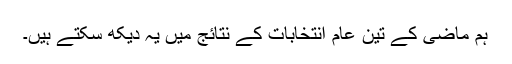
ہم ماضی کے تین عام انتخابات کے نتائج میں یہ دیکھ سکتے ہیں۔